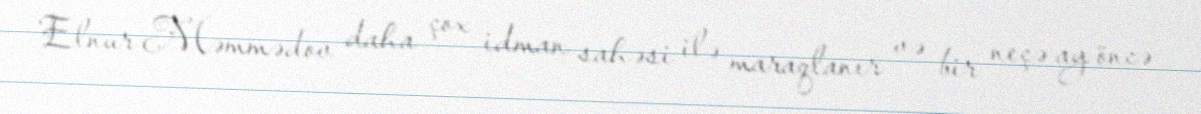
Elnur Məmmədov daha çox idman sahəsi ilə maraqlanır və bir neçə ay öncə